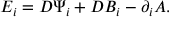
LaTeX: E _ { i } = D \Psi _ { i } + D B _ { i } - \partial _ { i } A .